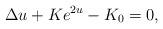
LaTeX: \begin{align*}\Delta u+Ke^{2u}-K_0=0,\end{align*}